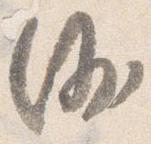
沙